Insane asylums in Bengal annual reports 1867-1875 - 1867-1875
Year: 1867
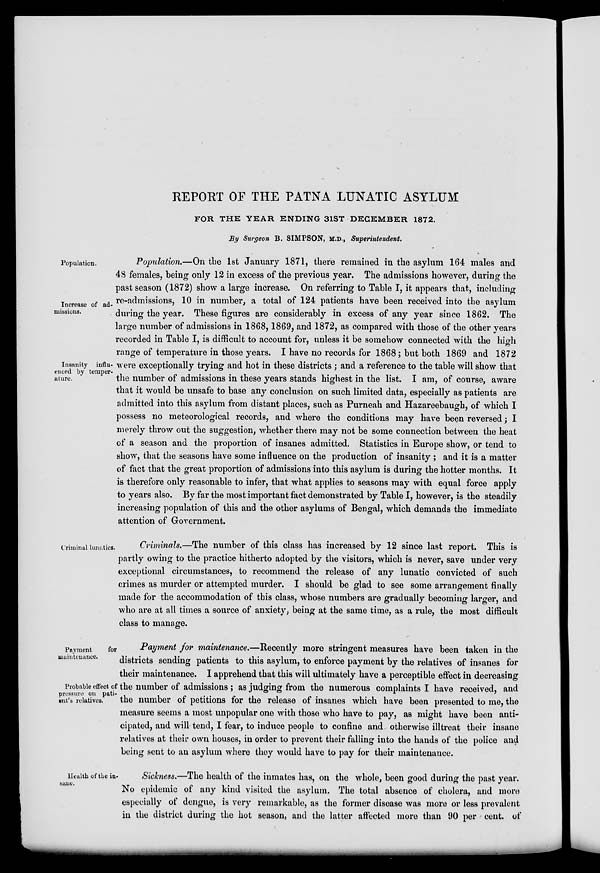
REPORT OF THE PATNA LUNATIC ASYLUM
FOR THE YEAR ENDING 31ST DECEMBER 1872.
By Surgeon B. SIMPSON, M.D., Superintendent.
Population.
Increase of ad-
missions.
Insanity influ-
enced by temper-
ature.
Population.—On the 1st January 1871, there remained in the asylum 164 males and
48 females, being only 12 in excess of the previous year. The admissions however, during the
past season (1872) show a large increase. On referring to Table I, it appears that, including
re-admissions, 10 in number, a total of 124 patients have been received into the asylum
during the year. These figures are considerably in excess of any year since 1862. The
large number of admissions in 1868, 1869, and 1872, as compared with those of the other years
recorded in Table I, is difficult to account for, unless it be somehow connected with the high
range of temperature in those years. I have no records for 1868; but both 1869 and 1872
were exceptionally trying and hot in these districts ; and a reference to the table will show that
the number of admissions in these years stands highest in the list. I am, of course, aware
that it would be unsafe to base any conclusion on such limited data, especially as patients are
admitted into this asylum from distant places, such as Purneah and Hazareebaugh, of which I
possess no meteorological records, and where the conditions may have been reversed; I
merely throw out the suggestion, whether there may not be some connection between the heat
of a season and the proportion of insanes admitted. Statistics in Europe show, or tend to
show, that the seasons have some influence on the production of insanity ; and it is a matter
of fact that the great proportion of admissions into this asylum is during the hotter months. It
is therefore only reasonable to infer, that what applies to seasons may with equal force apply
to years also. By far the most important fact demonstrated by Table I, however, is the steadily
increasing population of this and the other asylums of Bengal, which demands the immediate
attention of Government.
Criminal lunatics.
Criminals.—The number of this class has increased by 12 since last report. This is
partly owing to the practice hitherto adopted by the visitors, which is never, save under very
exceptional circumstances, to recommend the release of any lunatic convicted of such
crimes as murder or attempted murder. I should be glad to see some arrangement finally
made for the accommodation of this class, whose numbers are gradually becoming larger, and
who are at all times a source of anxiety, being at the same time, as a rule, the most difficult
class to manage.
Payment
for
maintenance.
Probable effect of
pressure on pati-
ent's relatives.
Payment for maintenance.—Recently more stringent measures have been taken in the
districts sending patients to this asylum, to enforce payment by the relatives of insanes for
their maintenance. I apprehend that this will ultimately have a perceptible effect in decreasing
the number of admissions; as judging from the numerous complaints I have received, and
the number of petitions for the release of insanes which have been presented to me, the
measure seems a most unpopular one with those who have to pay, as might have been anti-
cipated, and will tend, I fear, to induce people to confine and otherwise illtreat their insane
relatives at their own houses, in order to prevent their falling into the hands of the police and
being sent to an asylum where they would have to pay for their maintenance.
Health of the in-
sane.
Sickness.—The health of the inmates has, on the whole, been good during the past year.
No epidemic of any kind visited the asylum. The total absence of cholera, and more
especially of dengue, is very remarkable, as the former disease was more or less prevalent
in the district during the hot season, and the latter affected more than 90 per cent. of